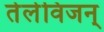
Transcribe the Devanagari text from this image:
तेलेविजन्